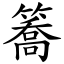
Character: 簥